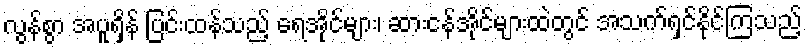
လွန်စွာ အပူရှိန် ပြင်းထန်သည့် ရေအိုင်များ၊ ဆားငန်အိုင်များထဲတွင် အသက်ရှင်နိုင်ကြသည့်